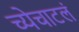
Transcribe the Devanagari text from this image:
च्येचाटलं